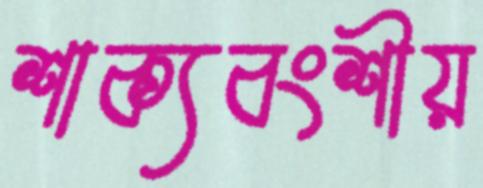
শাক্যবংশীয়